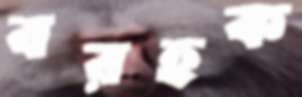
বরহক